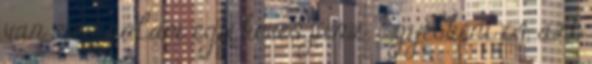
van még nálam egy kevés pénz. Egyébként is, azt